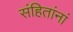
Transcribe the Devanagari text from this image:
संहितांनां